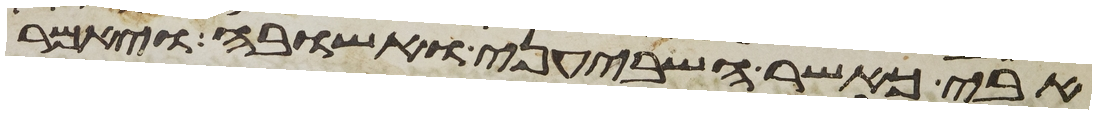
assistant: אבי כאשר השביעני ואשובה ויאמר